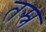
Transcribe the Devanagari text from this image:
तस्न